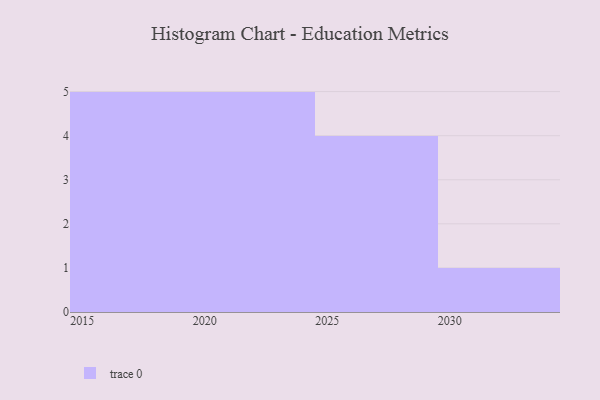
{"axis": {"x": "Year", "y": "Production Output"}, "legend": [""], "data": [{"x": "2017", "y": 95, "type": ""}, {"x": "2023", "y": 22, "type": ""}, {"x": "2029", "y": 22, "type": ""}, {"x": "2021", "y": 78, "type": ""}, {"x": "2016", "y": 19, "type": ""}, {"x": "2020", "y": 18, "type": ""}, {"x": "2025", "y": 7, "type": ""}, {"x": "2018", "y": 26, "type": ""}, {"x": "2030", "y": 58, "type": ""}, {"x": "2019", "y": 33, "type": ""}, {"x": "2026", "y": 75, "type": ""}, {"x": "2024", "y": 39, "type": ""}, {"x": "2015", "y": 86, "type": ""}, {"x": "2027", "y": 55, "type": ""}, {"x": "2022", "y": 96, "type": ""}]}